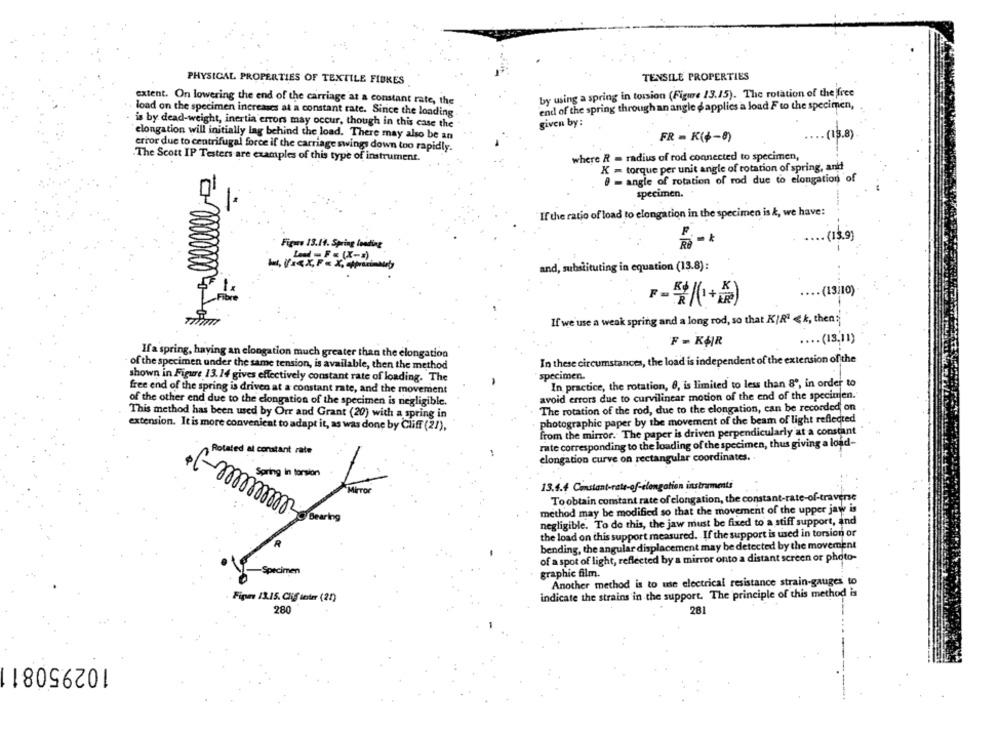
PHYSICAL PROPERTIES OF TEXTILE FIBRES
TENSILE PROPERTIES
by using a spring in torsion (Figure 13.15). The rotation of the free
extent. On lowering the end of the carriage at a constant rate, the
end of the spring through an angle &applies a load F to the specimen,
load on the specimen increases at a constant rate. Since the loading
is by dead-weight, inertia errors may occur, though in this case the
given by :
elongation will initially lag behind the load. There may also be an
FR = K(+-8)
. (13.8)
error due to centrifugal force if the carriage swings down too rapidly.
The Scott IP Testers are examples of this type of instrument.
where R = radius of rod connected to specimen,
K = torque per unit angle of rotation of spring, and
0 = angle of rotation of rod due to elongation of
specimen.
"If the ratio of load to elongation in the specimen is &, we have:
.... (13,9)
Figure 13.14. Spring loading
and, substituting in equation (13.8):
.... (13/10)
F-號(+)
If we use a weak spring and a long rod, so that KIRª < k, then
F = KØR
.... (13,11)
Ifa spring, having an elongation much greater than the elongation
In these circumstances, the load is independent of the extension of the
of the specimen under the same tension, is available, then the method
shown in Figure 13. 14 gives effectively constant rate of loading. The
specimen.
In practice, the rotation, 8, is limited to less than 8", in order to
free end of the spring is driven at a constant rate, and the movement
avoid errors due to curvilinear motion of the end of the specimen.
of the other end due to the elongation of the specimen is negligible.
The rotation of the rod, due to the elongation, can be recorded on
This method has been used by Orr and Grant (20) with a spring in
photographic paper by the movement of the beam of light reflected
extension. It is more convenient to adapt it, as was done by Cliff (27),
from the mirror. The paper is driven perpendicularly at a constant
rate corresponding to the loading of the specimen, thus giving a load-
Rotated al constant rate
elongation curve on rectangular coordinates.
13.4.4 Constant-rate-of-elongation instruments
Toobtain constant rate of elongation, the constant-rate-of-traverse
method may be modified so that the movement of the upper jaw is
negligible. To do this, the jaw must be fixed to a stiff support, and
the load on this support measured. If the support is used in torsion or
bending, the angular displacement may be detected by the movement
of a spot of light, reflected by a mirror onto a distant screen or photo-
-Specimen
graphic film.
Another method is to use electrical resistance strain-gauges to
Figure 13.15. Clif tester (21)
indicate the strains in the support. The principle of this method is
280
28
10295081